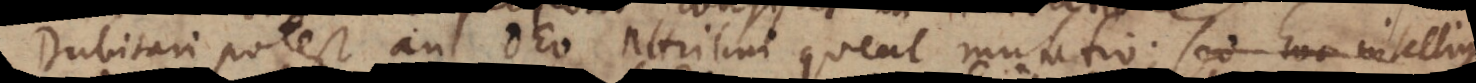
Dubitari potest an Deo attribui queat mutatio; sed hoc intelligo